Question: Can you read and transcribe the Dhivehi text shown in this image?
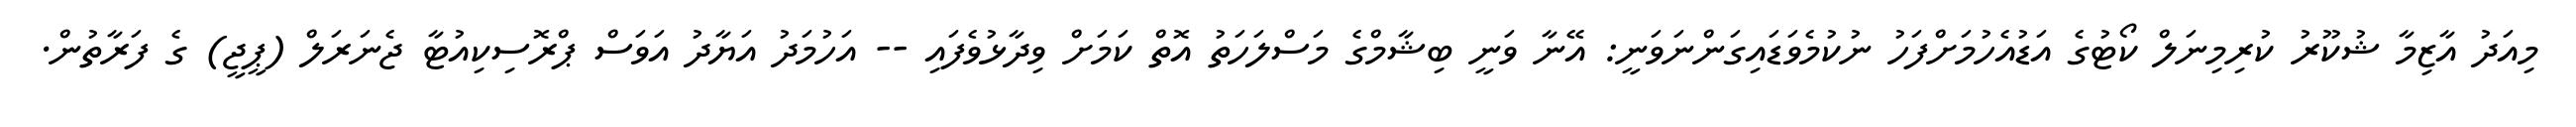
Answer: މިއަދު އާޒިމާ ޝުކޫރު ކުރިމިނަލް ކޯޓުގެ އަޑުއެހުމަށްފަހު ނުކުމެވަޑައިގަންނަވަނީ: އޭނާ ވަނީ ބިޝާމްގެ މަސްލަހަތު އޮތް ކަމަށް ވިދާޅުވެފައި -- އަހުމަދު އަޔާދު އަވަސް ޕްރޮސިކިއުޓާ ޖެނަރަލް (ޕީޖީ) ގެ ފަރާތުން.